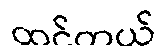
ထင်တယ်